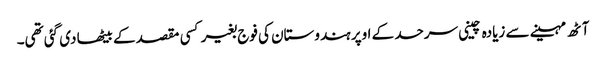
آٹھ مہینے سے زیادہ چینی سرحد کے اوپر ہندوستان کی فوج بغیر کسی مقصد کے بیٹھا دی گئی تھی۔